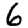
Digit: 6